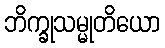
ဘိက္ခုသမ္မုတိယော